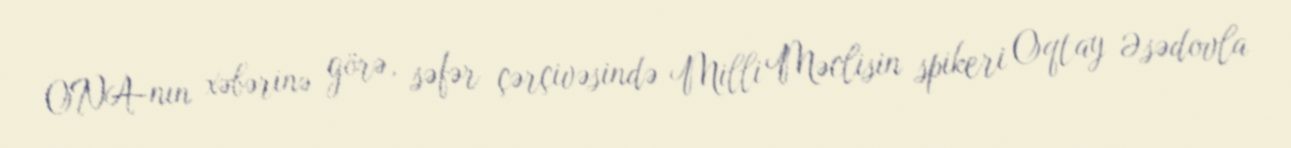
ONA-nın xəbərinə görə, səfər çərçivəsində Milli Məclisin spikeri Oqtay Əsədovla